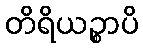
တိရိယဉ္စာပိ